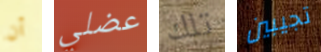
أن عضلي تلك تجيبين